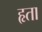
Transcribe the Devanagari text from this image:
हृता